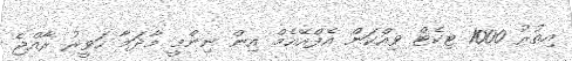
އިތުރު 1000 ޓިކެޓް ވިއްކަން އެފްއޭއެމް އިން ނިންމީ މާދަމާ ހަވީރު ރާއްޖެ